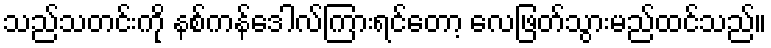
သည်သတင်းကို နစ်ကန်ဒေါလ်ကြားရင်တော့ လေဖြတ်သွားမည်ထင်သည်။